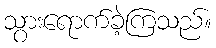
သွားရောက်ခဲ့ကြသည်။